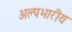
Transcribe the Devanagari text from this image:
अल्पभारीय